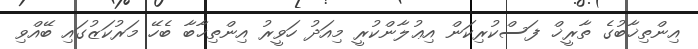
އިންތިޚާބުގެ ތާރީޚް ފަސްކުރިކަން އިޢުލާންކުރީ މިއަދު ހަވީރު އިންތިޚާބާ ބެހޭ މަރުކަޒުގައި ބޭއްވި